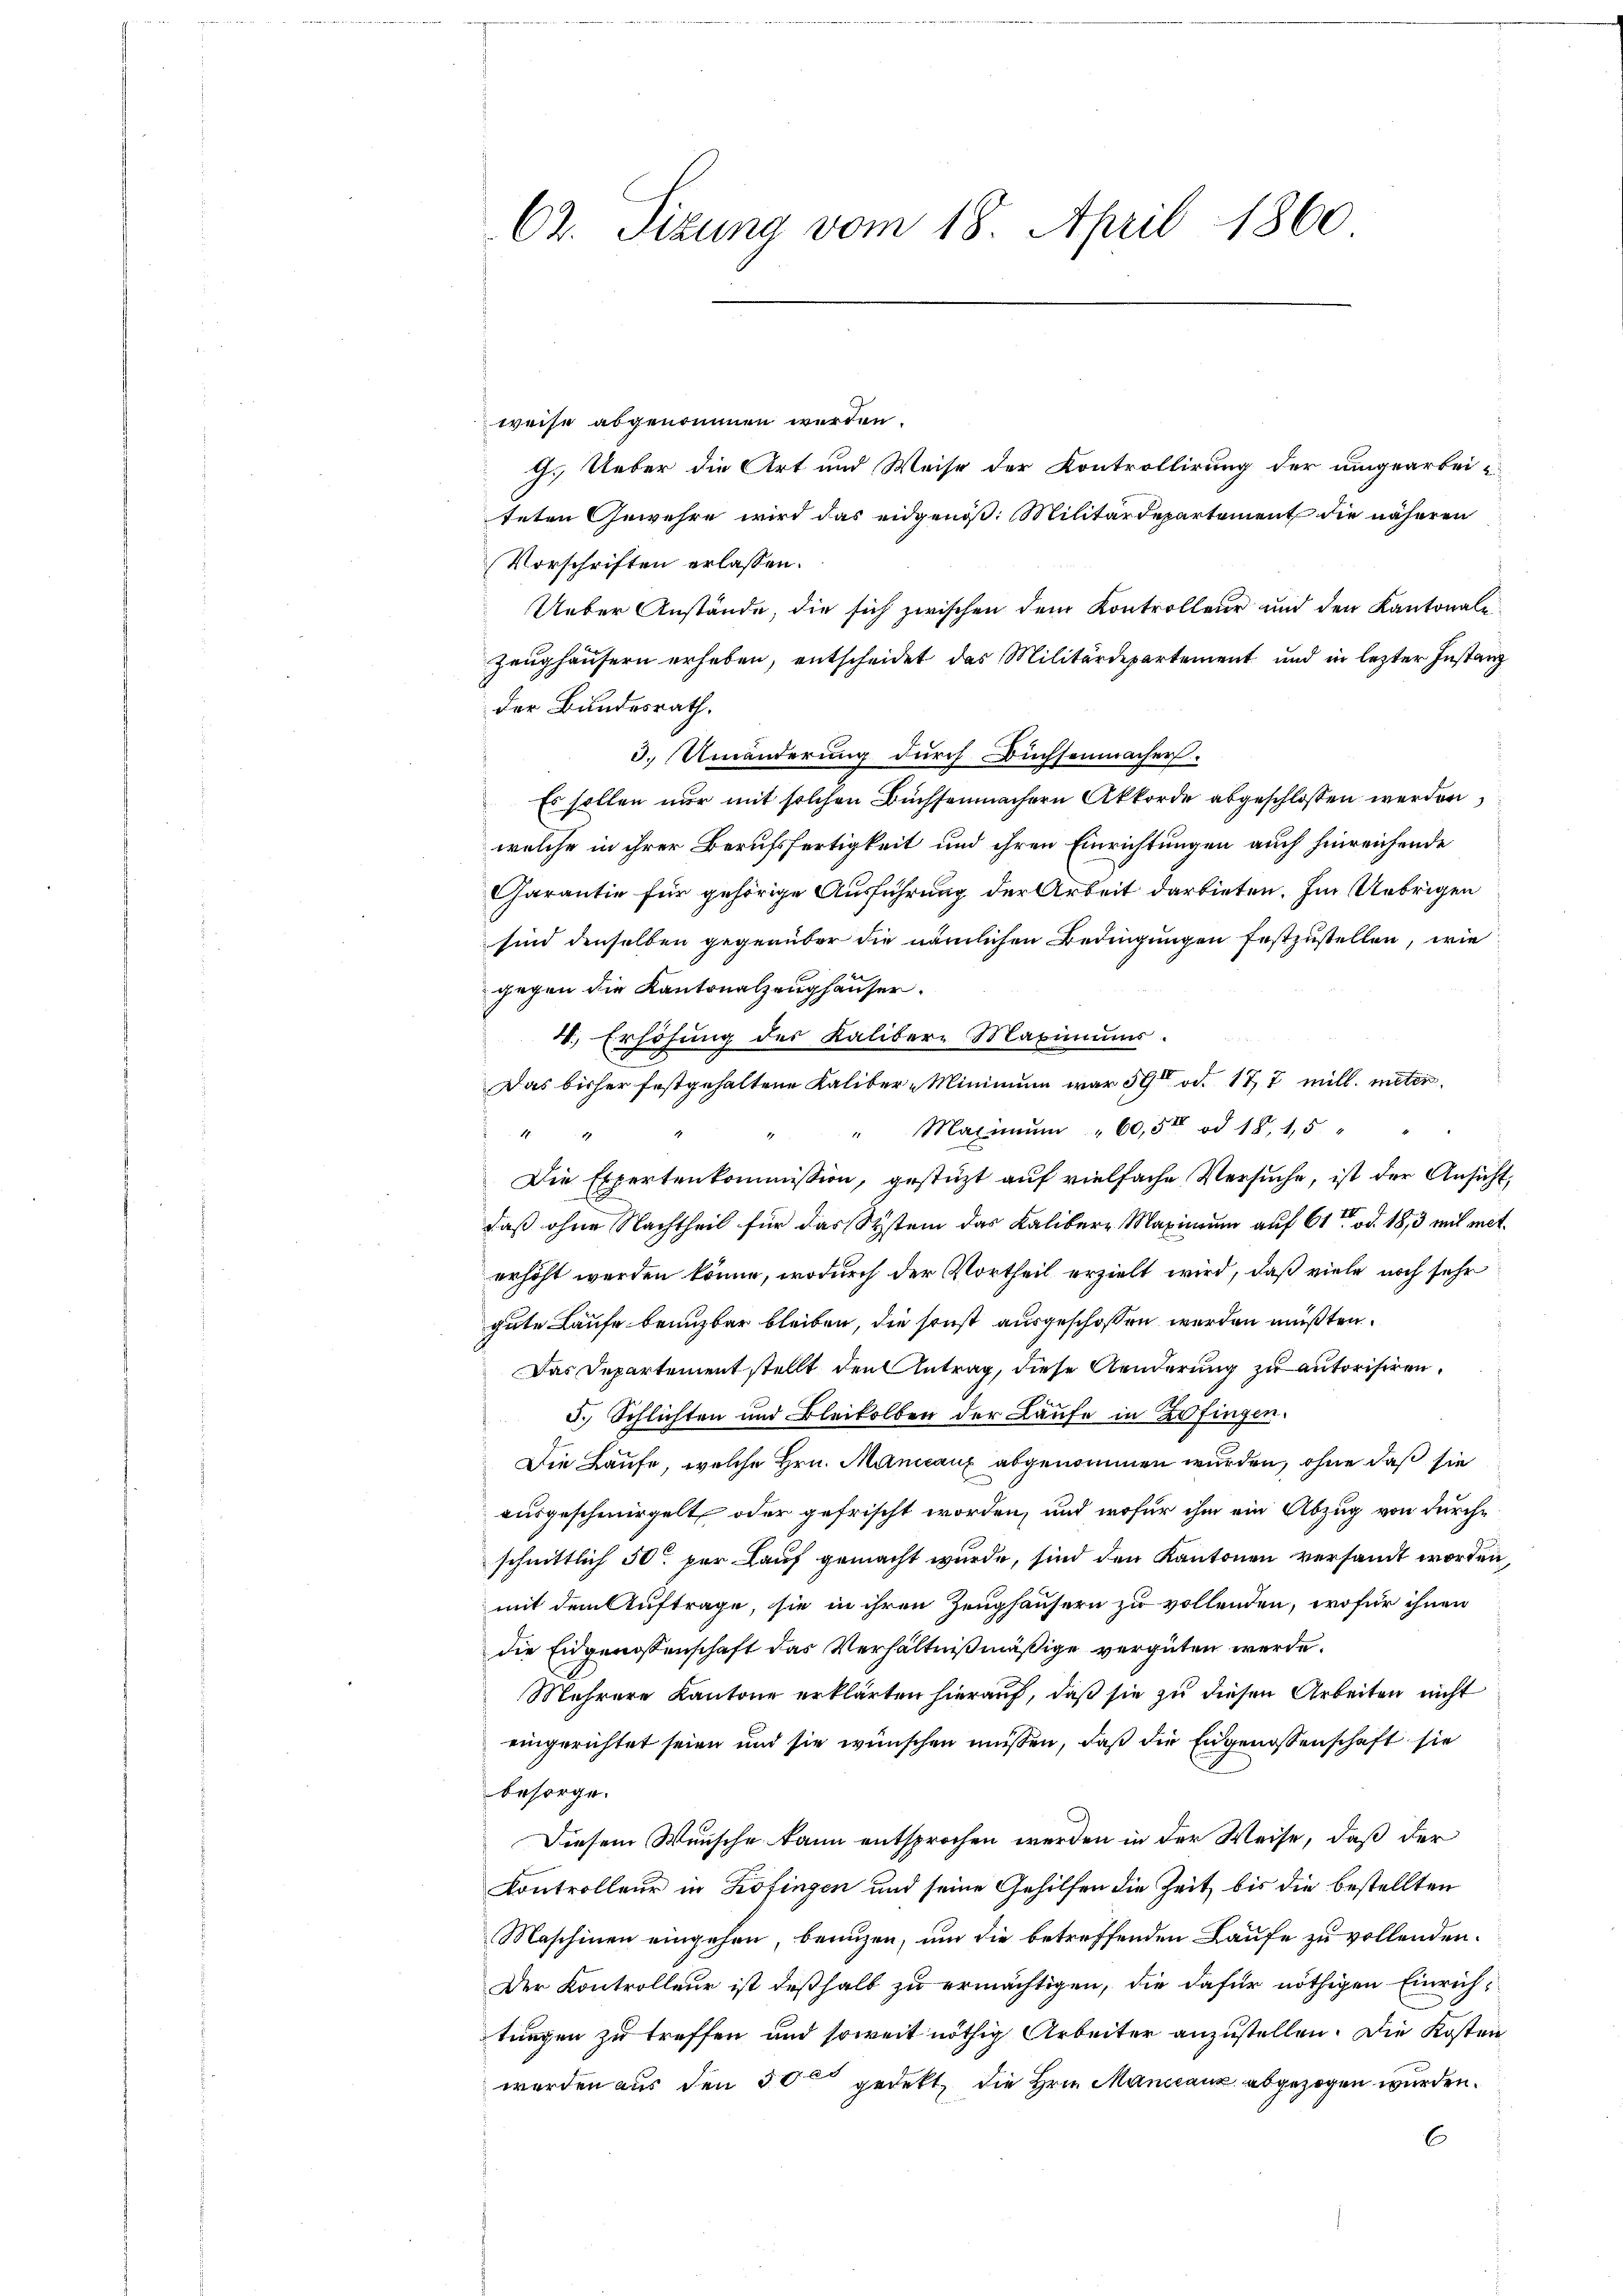
62. Sizung vom 18. April 1860

weise abgenommen werden.
G. Ueber die Art und Weise der Kontrollirung der umgearbei-
teten Gewehre wird das eidgenöß: Militärdepartement die näheren
Vorschriften erlassen.
Ueber Anstände, die sich zwischen dem Kontrolleur und den Kantonale
Zeughäusern erheben, entscheidet das Militärdepartement und in lezter Instanz
der Bundesrath.
3.) Umänderung durch Büchsenmacher.
Es sollen nur mit solchen Büchsenmachern Akkorde abgeschlossen werden,
welche in ihrer Berufsfertigkeit und ihren Einrichtungen auch hinreichende
Garantie für gehörige Ausführung der Arbeit darbieten. Im Uebrigen
sind denselben gegenüber die nämlichen Bedingungen festzustellen, wie
gegen die Kantonalzeughäuser.
4., Erhöhung des Kalibern Maximums.
Das bisher festgehaltene Kaliber-Minimum war 59 od. 177 mill. unter
Maximum "60,5t ad 18, 15 "
127
Die Expertenkommission, gestüzt auf vielfache Versuche, ist der Ansucht
daß ohne Nachtheil für das Systein das Kalibern Maximum auf 61 od. 18,3 mit mit
erhöht werden könne, wodurch der Vortheil erzielt wird, daß viele noch sehr
gute Laufe benuzbar bleiben, die sonst ausgeschossen werden müßten.
Das Departement stellt den Antrag, diese Aenderung zu autorisiren.
5.) Schlichten und Bleikelben der Laufe in Zofingen.
Die Laufe, welche Hrn. Manieaux abgenommen wurden, ohne daß sie
ausgeschmirgelt, oder gefrischt worden, und wofür ihm ein Abzug von durchschnittlich 50 per Lauf gemacht wurde, sind den Kantonen versandt worden
mit dem Auftrage, sie in ihren Zeughäusern zu vollenden, wofür ihnen
die Eidgenossenschaft das Verhältnißmäßige vergüten werde.
Mehrere Kantone erklärten hierauf, daß sie zu diesen Arbeiten nicht
eingerichtet seien und sie wünschen müssen, daß die Engenossenschaft sie
besorge.
Diesem Wunsche kann entsprochen werden in der Weise, daß der
Kontrolleur in Zofingen und seine Gehilfen die Zeit bis die bestellten
Maschinen eingehen, benuzen, um die betreffenden Laufe zu vollenden.
Der Kontrolleur ist deßhalb zu ermächtigen, die dafür nöthigen Einrichtungen zu treffen und soweit nöthig Arbeiter anzustellen. Die Kosten
werden aus den 50 gedekt, die Hrn. Mancanz abgezogen wurden.
C